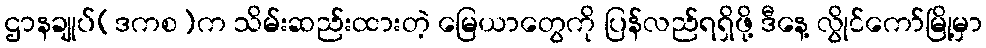
ဌာနချုပ်(ဒကစ)က သိမ်းဆည်းထားတဲ့ မြေယာတွေကို ပြန်လည်ရရှိဖို့ ဒီနေ့ လွိုင်ကော်မြို့မှာ